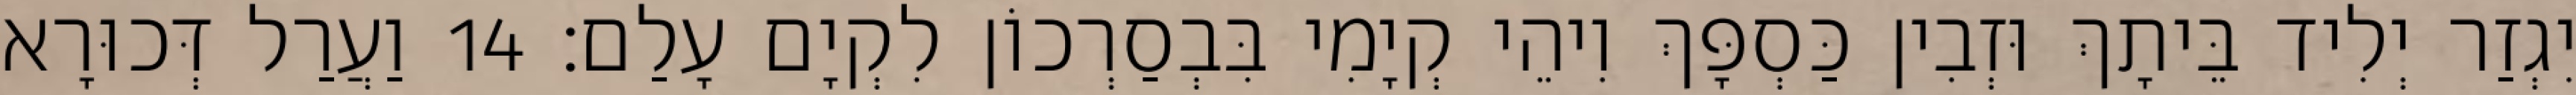
יִגְזַר יְלִיד בֵּיתָךְ וּזְבִין כַּסְפָּךְ וִיהֵי קְיָמִי בִּבְסַרְכוֹן לִקְיָם עָלַם׃ 14 וַעֲרַל דְּכוּרָא